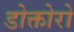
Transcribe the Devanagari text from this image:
डोक्तोरो